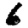
Digit: 6